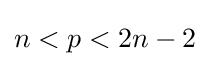
n<p<2n-2